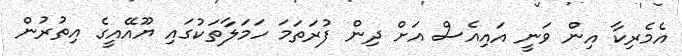
އެމެރިކާ އިން ވަނީ އައިއެސް އަށް ދިން ފުރަތަމަ ހަމަލާތަކުގައި ޔޫއޭއީގެ އިތުރުން